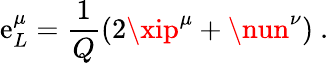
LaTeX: \mathrm{e}_{L}^{\mu}=\frac{{1}}{{Q}}\left(2\xip^{\mu}+\nun^{\nu}\right)\ .